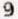
9